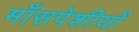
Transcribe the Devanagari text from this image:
माँसपेशीयों